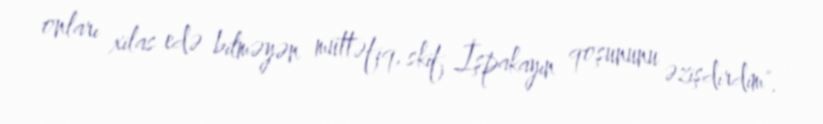
onları xilas edə bilməyən müttəfiq, skif İşpakayın qoşununu əzişdirdim".